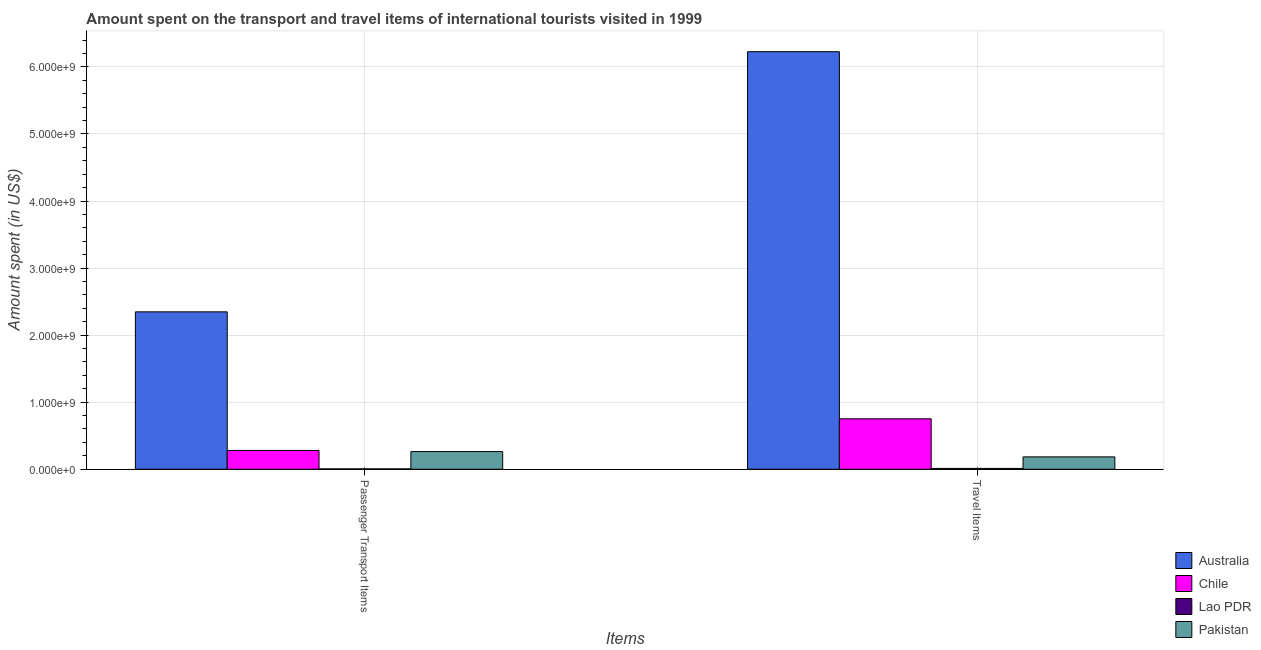
| Items | Australia | Chile | Lao PDR | Pakistan |
 | --- | --- | --- | --- | --- |
 | Passenger Transport Items | 2.35e+09 | 2.8e+08 | 5e+06 | 2.63e+08 |
 | Travel Items | 6.23e+09 | 7.52e+08 | 1.2e+07 | 1.84e+08 |